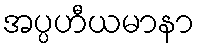
အပ္ပဟီယမာနာ